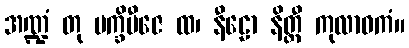
အဏ္ဍံ တု ပက္ခိဗီဇေ ထ၊ နီဠော နိတ္ထီ ကုလာဝကံ။